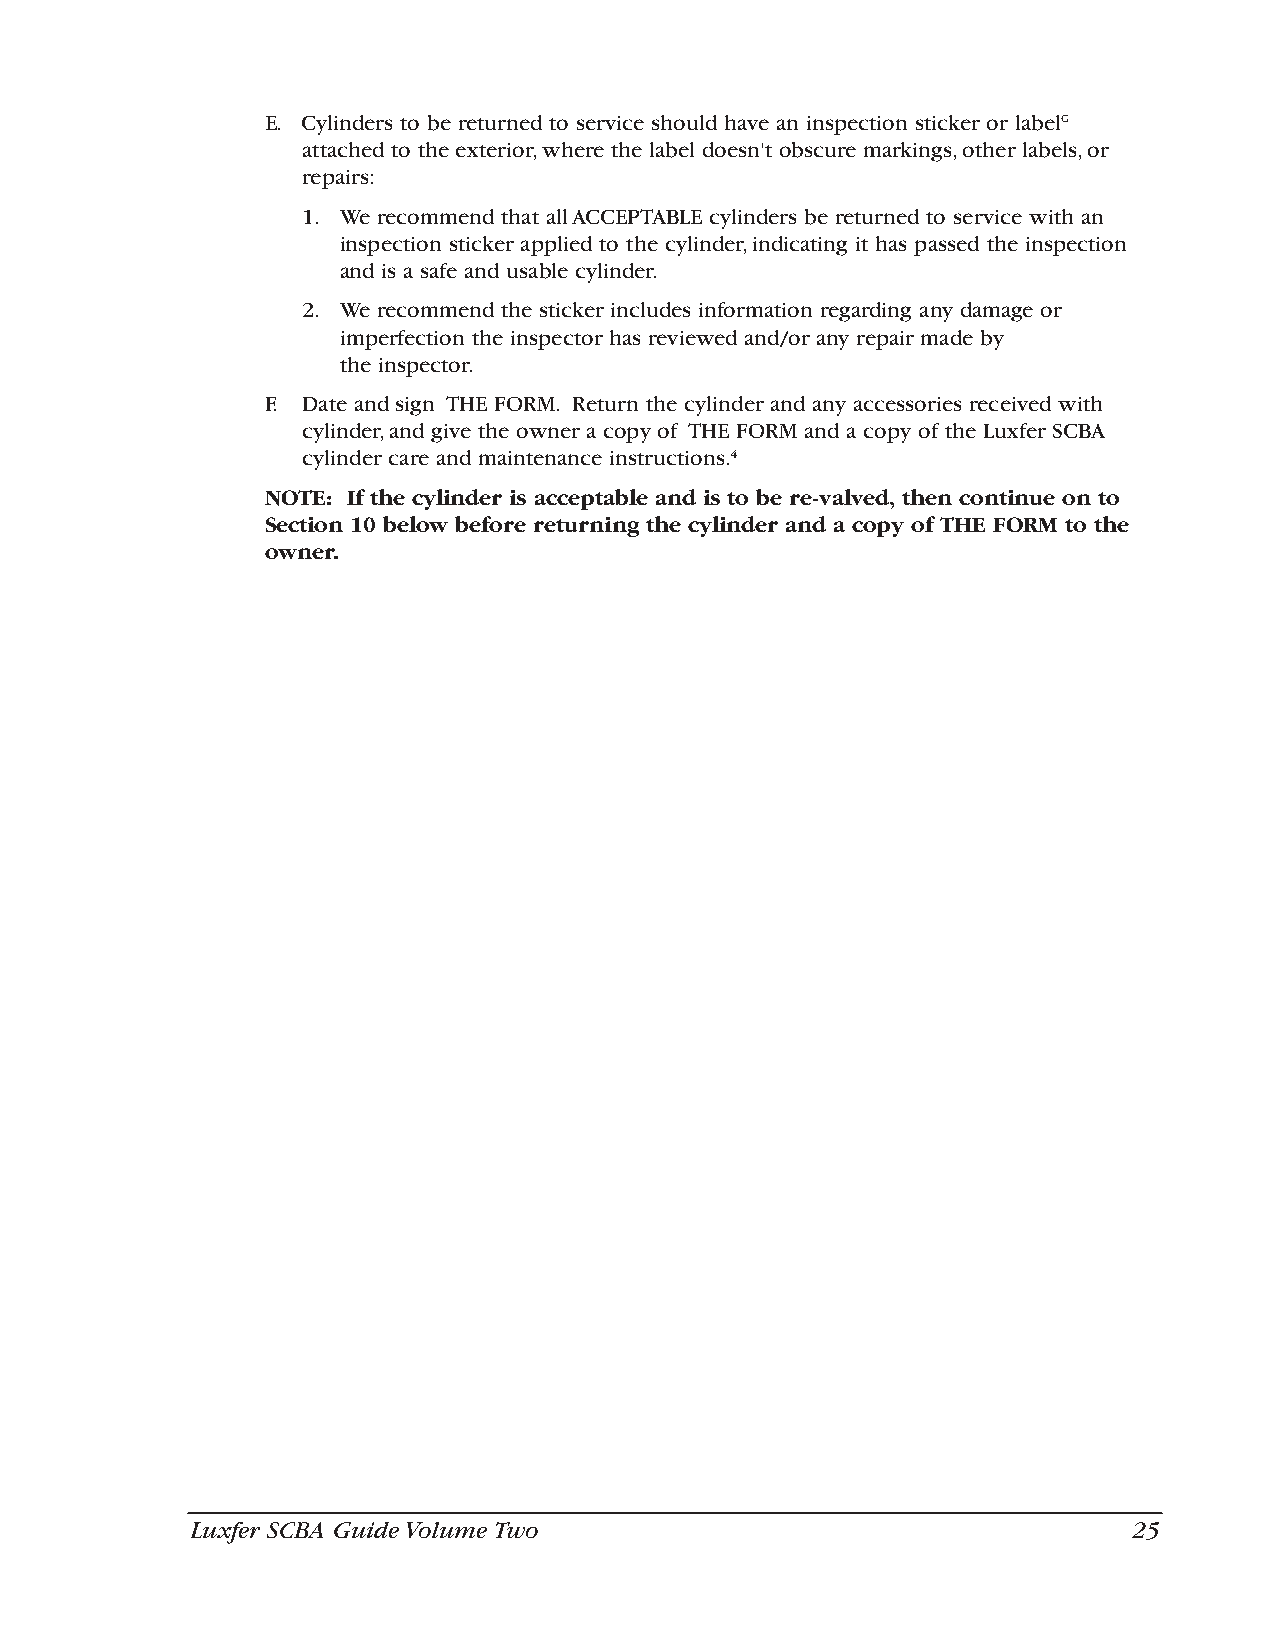
E. Cylinders to be returned to service should have an inspection sticker or labelG
 attached to the exterior,where the label doesn't obscure markings,other labels,or
 repairs:
 1. We recommend that all ACCEPTABLE cylinders be returned to service with an
 inspection sticker applied to the cylinder,indicating it has passed the inspection
 and is a safe and usable cylinder.
 2. We recommend the sticker includes information regarding any damage or
 imperfection the inspector has reviewed and/or any repair made by
 the inspector.
 F. Date and sign THE FORM. Return the cylinder and any accessories received with
 cylinder,and give the owner a copy of THE FORM and a copy of the Luxfer SCBA
 cylinder care and maintenance instructions.4
 NOTE: If the cylinder is acceptable and is to be re-valved, then continue on to
 Section 10 below before returning the cylinder and a copy of THE FORM to the
 owner.
 Luxfer SCBA Guide Volume Two                                  25